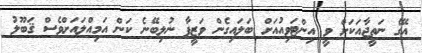
އޭގެ ނަތީޖާއަކަށް ވީ އިންޓަވިއުއަށް ބަލައިގެން ވަޒީފާ ނުލިބޭނެ ކަން އަމިއްލައަށްވެސް ޤަބޫލު